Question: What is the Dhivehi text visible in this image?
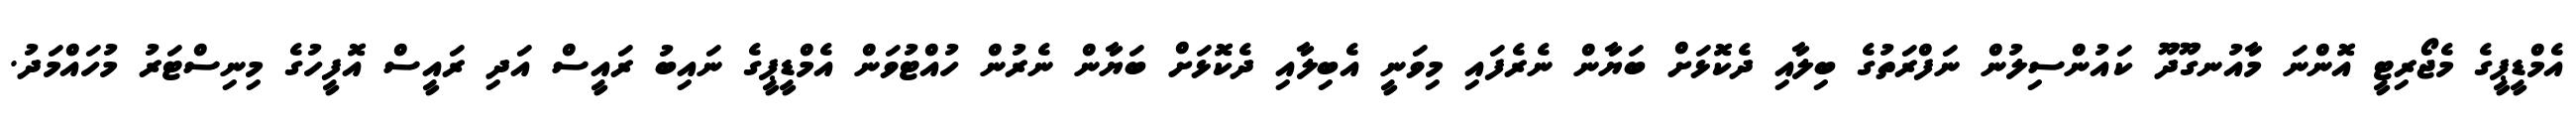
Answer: އެމްޑީޕީގެ މެޖޯރިޓީ އޮންނަ މާއުނގޫދޫ ކައުންސިލުން ނަފްރަތުގެ ބިލާއި ދެކޮޅަށް ބަޔާން ނެރެފައި މިވަނީ އެބިލާއި ދެކޮޅަށް ބަޔާން ނެރުން ހުއްޓުވަން އެމްޑީޕީގެ ނައިބު ރައީސް އަދި ރައީސް އޮފީހުގެ މިނިސްޓަރު މުހައްމަދު.